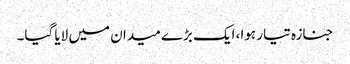
جنازہ تیار ہوا، ایک بڑے میدان میں لایا گیا۔